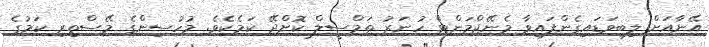
އޭނާއަށް ލިބިވަޑައިގެންފައިވާ މެނޭޖްމަންޓް ހުނަރު ތަމްސީލް ކޮށްދޭ ކަމެކެވެ. މުހުސިންގެ މޭސްތިރި ކަމުގެ